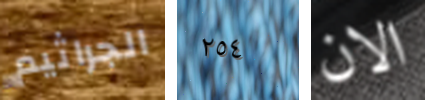
الجراثيم ٢٥٤ الان